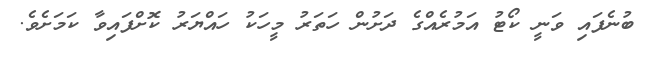
ބުނެފައި ވަނީ ކޯޓު އަމުރެއްގެ ދަށުން ހަތަރު މީހަކު ހައްޔަރު ކޮށްފައިވާ ކަމަށެވެ.